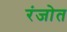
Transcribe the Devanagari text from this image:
रंजोत